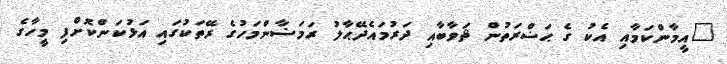
"އީމާންކަމާއި އެކު ގެ ޙަޟްރަތުން ޘަވާބާއި ދަރުމައެދޭޙާލު ރަމަޟާންމަހުގެ ރޭތަކުގައި އަޅުކަންކޮށްފި މީހާގެ